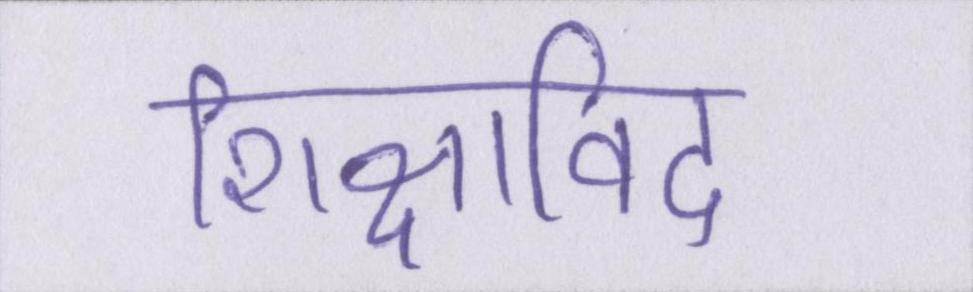
शिक्षाविद